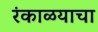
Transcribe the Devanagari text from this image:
रंकाळयाचा